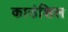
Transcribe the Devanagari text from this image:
काउंशिल